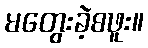
မတွေးခဲ့စဖူး။